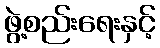
ဖွဲ့စည်းရေးနှင့်